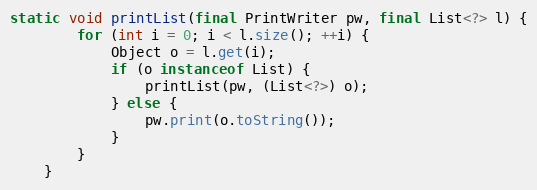
Language: Java
static void printList(final PrintWriter pw, final List<?> l) {
        for (int i = 0; i < l.size(); ++i) {
            Object o = l.get(i);
            if (o instanceof List) {
                printList(pw, (List<?>) o);
            } else {
                pw.print(o.toString());
            }
        }
    }